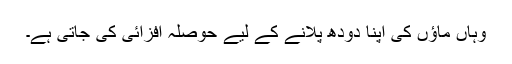
وہاں ماؤں کی اپنا دودھ پلانے کے لیے حوصلہ افزائی کی جاتی ہے۔